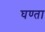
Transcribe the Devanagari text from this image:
घण्ता